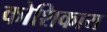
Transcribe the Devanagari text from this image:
कोशिकाय